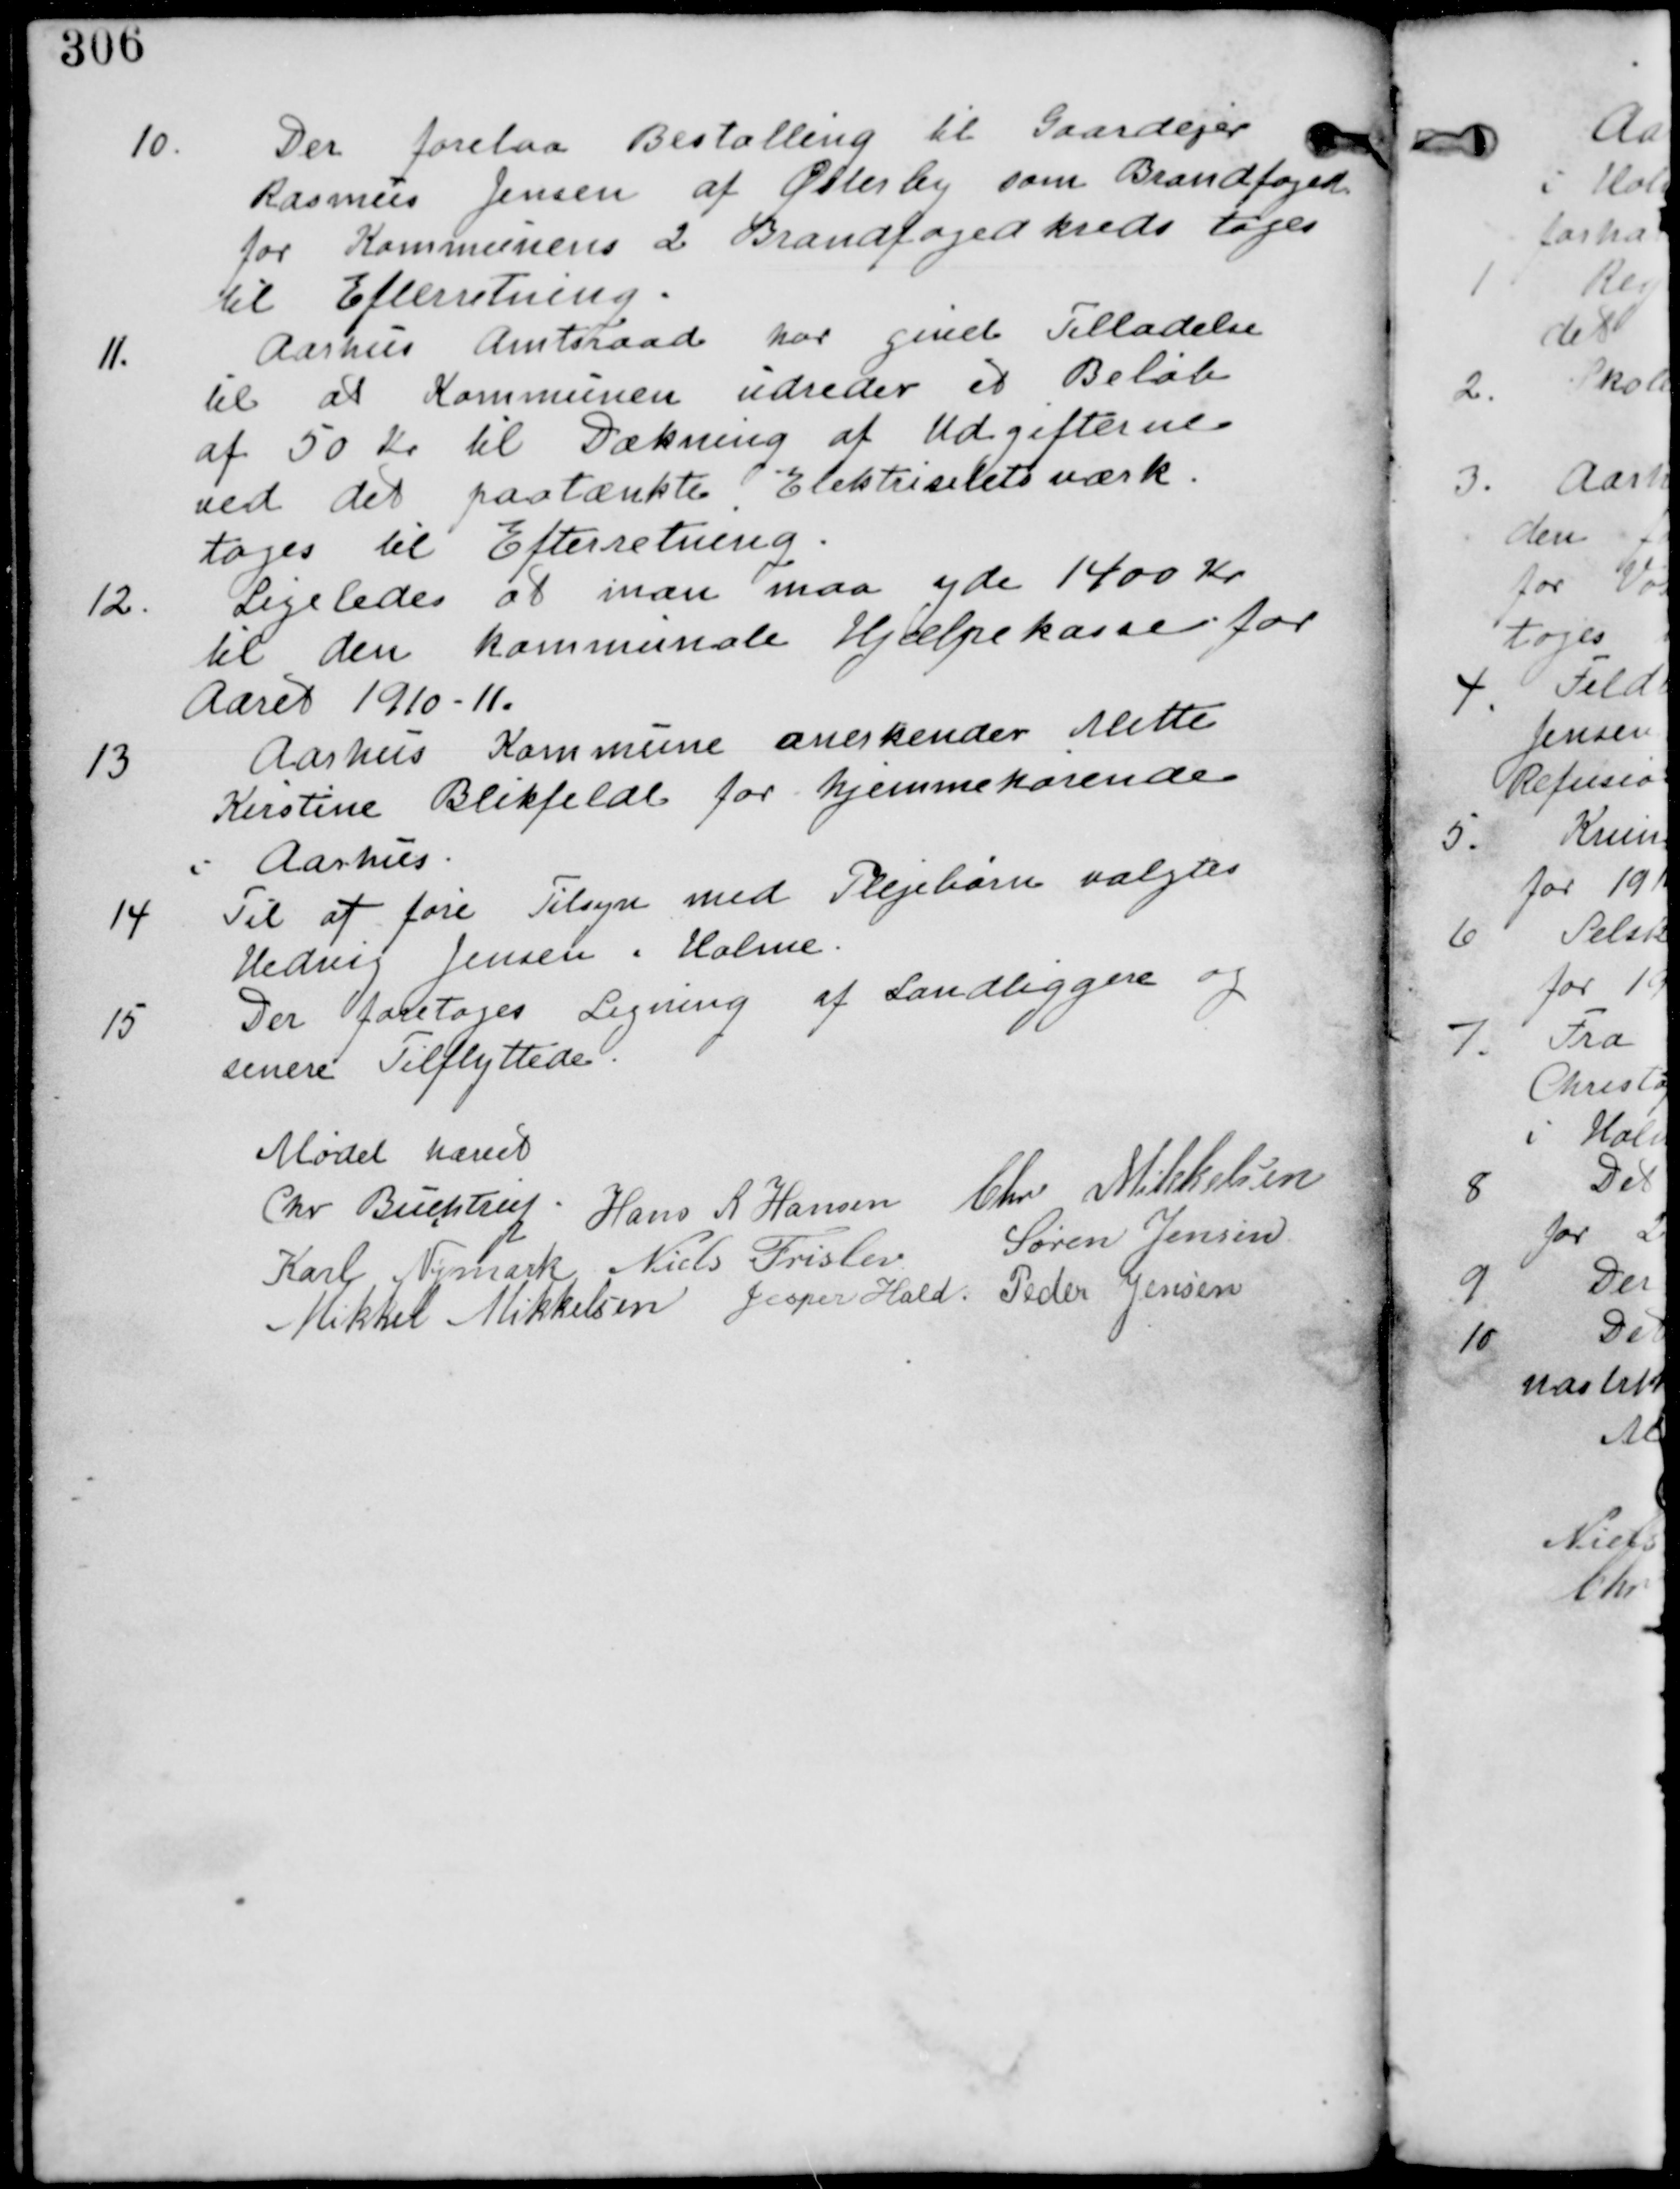
Transskription:
10.
Der forelaa Bestalling til Gaardejer
Rasmus Jensen af Østeby som Brandfoged
for Kommunens 2 Brandfogedkreds tages
til Efterretning.

11.
Aarhus Amtsraad har givet Tilladelse
til at Kommunen udreder et Beløb
af 50 Kr til Dækning af Udgifterne
ved det paatænkte Elektricitetsværk
tages til Efterretning.

12.
Ligeledes at man maa yde 1400 Kr
til den kommunale Hjælpekasse for
Aaret 1910-11.

13.
Aarhus Kommune anerkender Mette
Kirstine Blikfeldt for hjemmehørende
i Aarhus.

14. Til at føre Tilsyn med Plejebørn valgtes
Hedvig Jensen i Holme.

15
Der foretages Ligning af Landliggere og
senere Tilflyttede.

Mødet hævet
Chr Buchtrup Hans R Hansen Chr Mikkelsen
Karl Nymark Niels Frilev Søren Jensen
Mikkel Mikkelsen Jesper Hald Peder Jensen